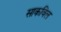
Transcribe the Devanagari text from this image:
साकविल